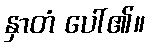
နှာတံ ပေါ်၏။